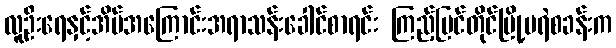
လူဦးရေနှင့်အိမ်အကြောင်းအရာသန်းခေါင်စာရင်း ကြည့်မြင်တိုင်မြို့မရဲစခန်းက